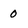
Character: 0